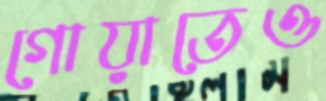
গোয়াতেও